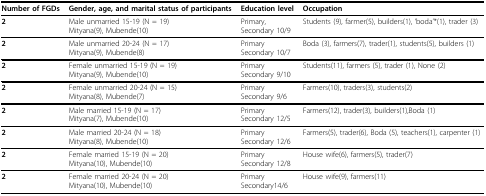
<table><thead><tr><td><b>Number of FGDs</b></td><td><b>Gender, age, and marital status of participants</b></td><td><b>Education level</b></td><td><b>Occupation</b></td></tr></thead><tbody><tr><td><b>2</b></td><td>Male unmarried 15-19 (N = 19)Mityana(9), Mubende(10)</td><td>Primary,Secondary 10/9</td><td>Students (9), farmer(5), builders(1), &#x27;boda&#x27;*(1), trader (3)</td></tr><tr><td><b>2</b></td><td>Male unmarried 20-24 (N = 17)Mityana(9), Mubende(8)</td><td>PrimarySecondary 10/7</td><td>Boda (3), farmers(7), trader(1), students(5), builders (1)</td></tr><tr><td><b>2</b></td><td>Female unmarried 15-19 (N = 19)Mityana(9), Mubende(10)</td><td>PrimarySecondary 9/10</td><td>Students(11), farmers (5), trader (1), None (2)</td></tr><tr><td><b>2</b></td><td>Female unmarried 20-24 (N = 15)Mityana(8), Mubende(7)</td><td>PrimarySecondary 9/6</td><td>Farmers(10), traders(3), students(2)</td></tr><tr><td><b>2</b></td><td>Male married 15-19 (N = 17)Mityana(7), Mubende(10)</td><td>PrimarySecondary 12/5</td><td>Farmers(12), trader(3), builders(1),Boda (1)</td></tr><tr><td><b>2</b></td><td>Male married 20-24 (N = 18)Mityana(8), Mubende(10)</td><td>PrimarySecondary 12/6</td><td>Farmers(5), trader(6), Boda (5), teachers(1), carpenter (1)</td></tr><tr><td><b>2</b></td><td>Female married 15-19 (N = 20)Mityana(10), Mubende(10)</td><td>PrimarySecondary 12/8</td><td>House wife(6), farmers(5), trader(7)</td></tr><tr><td><b>2</b></td><td>Female married 20-24 (N = 20)Mityana(10), Mubende(10)</td><td>PrimarySecondary14/6</td><td>House wife(9), farmers(11)</td></tr></tbody></table>